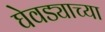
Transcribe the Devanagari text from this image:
घेवड्याच्या